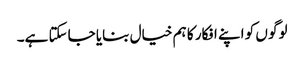
لوگو ں کو اپنے افکار کا ہم خیال بنایا جاسکتا ہے۔